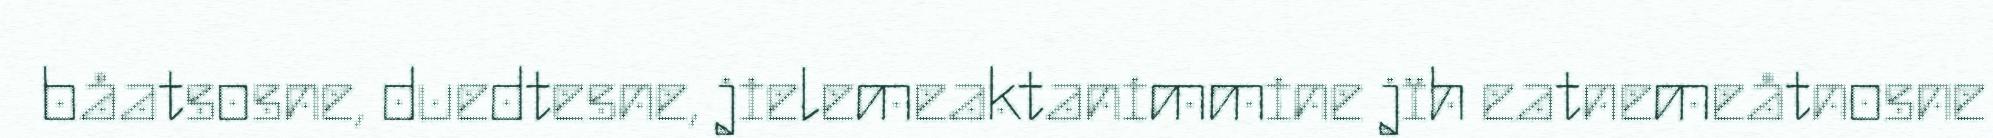
båatsosne, duedtesne, jielemeaktanimmine jïh eatnemeåtnosne